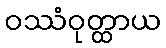
ဝဿံဝုတ္ထာယ